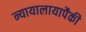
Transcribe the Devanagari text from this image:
न्यायालायापैकी